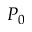
P _ { 0 }